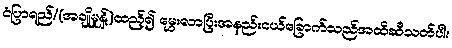
ငံပြာရည်/(အချိုမှုန့်)ထည့်၍ မွှေးလာပြီးအနည်းငယ်ခြောက်သည်အထိဆီသတ်ပါ။